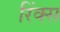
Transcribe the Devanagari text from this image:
रिंक्स